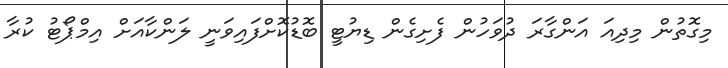
މިގޮތުން މިދިއަ އަންގާރަ ދުވަހުން ފެށިގެން ޑިޔުޓީ ބޮޑުކޮށްފައިވަނީ ލަންކާއަށް އިމްޕޯޓު ކުރާ